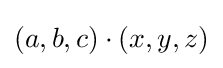
(a,b,c)\cdot (x,y,z)